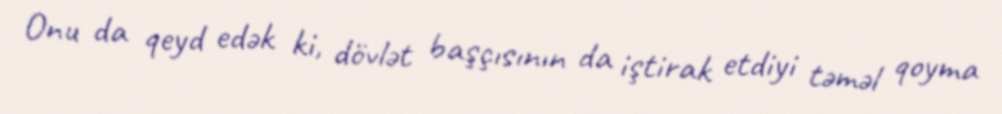
Onu da qeyd edək ki, dövlət başçısının da iştirak etdiyi təməl qoyma